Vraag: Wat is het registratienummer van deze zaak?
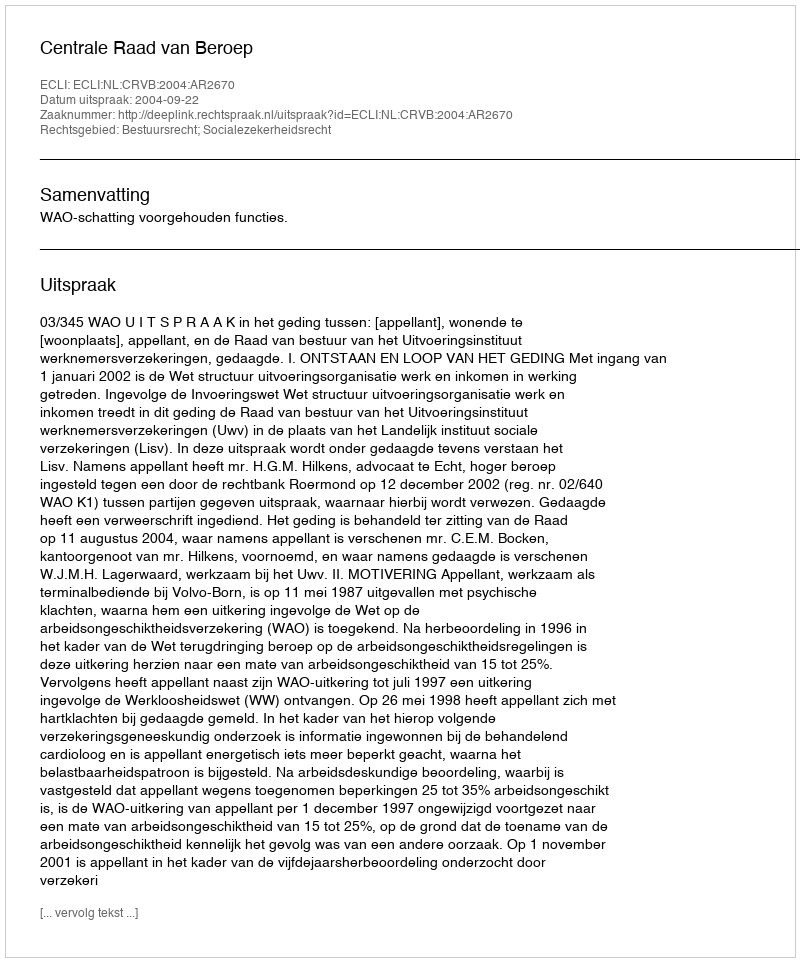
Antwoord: http://deeplink.rechtspraak.nl/uitspraak?id=ECLI:NL:CRVB:2004:AR2670